Report on sanitation, dispensaries, and jails in Rajputana for 1920, and on vaccination for the year 1920-1921 - 1920-1921
Year: 1920
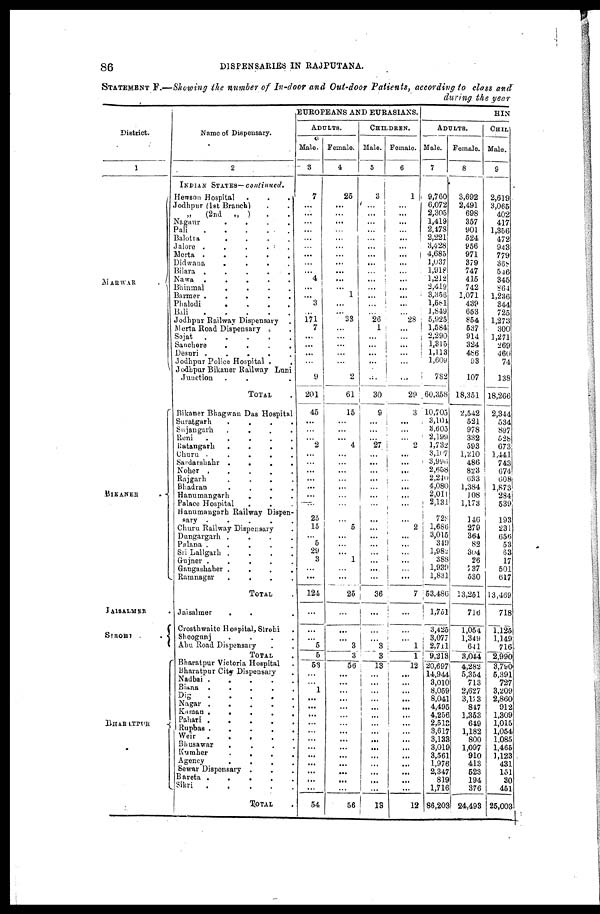
86
DISPENSARIES IN RAJPUTANA.
STATEMENT F.—Showing the number of In-door and Out-door Patients, according to class and
during the year
District.
1
MARWAR
.
BIKANER .
JAISALMER .
SIROHI
..
BHARATPUR
Name of Dispensary.
2
INDIAN STATES— continued.
Hewson Hospital
...
Jodhpur (1st Branch) ..
„
(2nd
„ )
..
Nagaur
....
Pali
.....
Balotra
.....
Jalore
.....
Merta
.....
Didwana
....
Bilara
.....
Nawa
.....
Bhinmal
.....
Barmer
.....
Phalodi
.....
Ball
.....
Jodhpur Railway Dispensary.
Merta Road Dispensary ..
Sojat
.....
Sanchore
....
Desuri
.....
Jodhpur Police Hospital ..
Jodhpur Bikaner Railway Luni
Junction ...
TOTAL .
Bikaner Bhagwan Das Hospital
Suratgarh
....
Sujangarh
....
Reni
.....
Ratangarh
....
Churu
....
Sardarshahr
....
Noher
.....
Rajgarh
....
Bhadran
....
Hanumangarh ....
Palace Hospital ....
Hanumangarh Railway Dispen-
sary
.....
Churu Railway Dispensary.
Dungargarh
....
Palana
.....
Sri Lallgarh
....
Gujner
....
Gangashaher
....
Ramnagar ...
TOTAL .
Jaisalmer
....
Crosthwaite Hospital,Sirohi.
Sheogunj ....
Abu Road Dispensary ..
TOTAL .
Bharatpur Victoria Hospital.
Bharatpur City Dispensary .
Nadbai
....
Biana
....
Dig
....
Nagar
....
Kaman
....
Pahari
....
Rupbas
....
Weir
....
Bhusawar ....
Kumher
....
Agency ....
Sewar Dispensary ...
Bareta
....
Sikri
....
TOTAL .
EUROPEANS AND EURASIANS.
ADULTS.
Male.
3
7
...
...
...
...
...
...
...
...
...
4
...
...
3
...
171
7
...
...
...
...
9
201
45
...
...
...
2
...
...
...
...
...
...
...
25
15
...
5
29
3
...
...
124
...
...
...
5
5
53
...
...
1
...
...
...
...
...
...
...
...
...
...
...
...
54
Female.
4
25
...
...
...
...
...
...
...
...
...
...
...
1
...
...
33
...
...
...
...
...
2
61
15
...
...
...
4
...
...
...
...
...
...
...
...
5
...
...
...
1
...
...
25
...
...
...
3
3
56
...
...
...
...
...
...
...
...
...
...
...
...
...
...
...
56
CHILDREN.
Male.
5
3
...
...
...
...
...
...
...
...
...
...
...
...
...
...
26
1
...
...
...
...
...
30
9
...
...
...
27
...
...
...
...
... ...
...
...
...
...
...
...
...
....
...
36
...
...
...
3
3
13
...
...
...
...
...
...
...
...
...
...
...
...
...
...
...
13
Female.
6
1
...
...
...
...
...
...
...
...
...
...
...
...
...
...
28
...
...
...
...
...
...
29
3
...
...
...
2
...
...
...
...
...
...
...
...
2
...
... ...
...
...
...
7
...
...
...
1
1
12
...
...
...
...
...
...
...
...
...
...
...
...
...
...
...
12
HIN
ADULTS.
Male.
7
9,760
6,072
2,305
1,419
2,178
2,221
3,428
4,685
1,037
1,918
1,212
2,419
3,356
1,581
1,849
5,925
1,584
2,290
1,315
1,113
1,609
782
60,358
10,705
3,101
3,605
2,199
1,732
3,107
3,996
2,658
2,240
4,080
2,011
2,131
728
1,686
3,015
340
1,982
388
1,939
1,831
53,486
1,751
3,425
3,077
2,711
9,213
20,697
14,944
3,010
8,059
8,041
4,495
4,256
2,513
3,617
3,133
3,019
3,561
1,976
2,347
819
1,716
86,203
Female.
8
3,692
2,491
698
357
901
524
956
971
379
747
415
742
1,071
439
653
854
537
914
324
486
93
107
18,351
2,542
521
978
332
593
1,210
486
823
633
1,384
108
1,173
146
279
364
82
304
26
737
530
13,251
716
1,054
1,349
641
3,044
4,282
5,354
713
2,627
3,173
847
1,353
649
1,182
800
1,097
910
413
523
194
376
24,492
CHIL
Male.
9
2,619
3,065
402
417
1,356
472
943
779
368
546
345
864
1,236
344
725
1,273
300
1,271
269
460
74
138
18,266
2,344
534
897
528
673
1,441
743
674
608
1,873
284
539
193
231
656
53
63
17
501
617
13,469
718
1,125
1,149
716
2,990
3,790
5,391
727
3,209
2,860
912
1,309
1,015
1,054
1,085
1,465
1,123
431
151
30
451
25,003